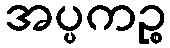
အပ္ပကဉ္စ